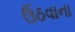
ઉઠવાના